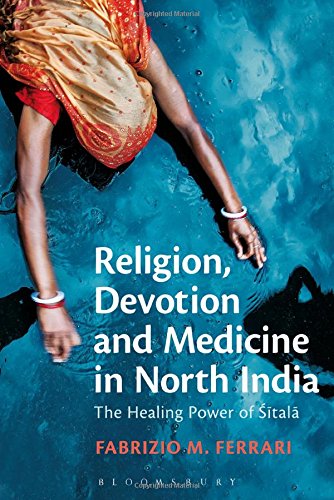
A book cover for Religion, Devotion and Medicine in North India: The Healing Power of Sitala; Fabrizio M. Ferrari; Religion & Spirituality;